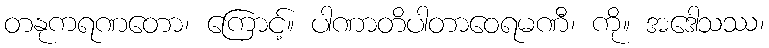
တနုကရဏတော၊ ကြောင့်။ ပါဏာတိပါတာဝေရမဏီ၊ ကို။ အဒေါသဿ၊